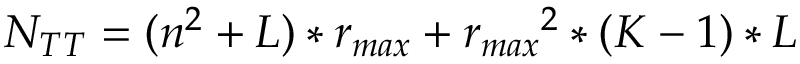
{ { N } _ { T T } } = ( { { n } ^ { 2 } } + L ) * { { r } _ { m a x } } + { { r } _ { m a x } } ^ { 2 } * ( K - 1 ) * L